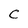
Character: C